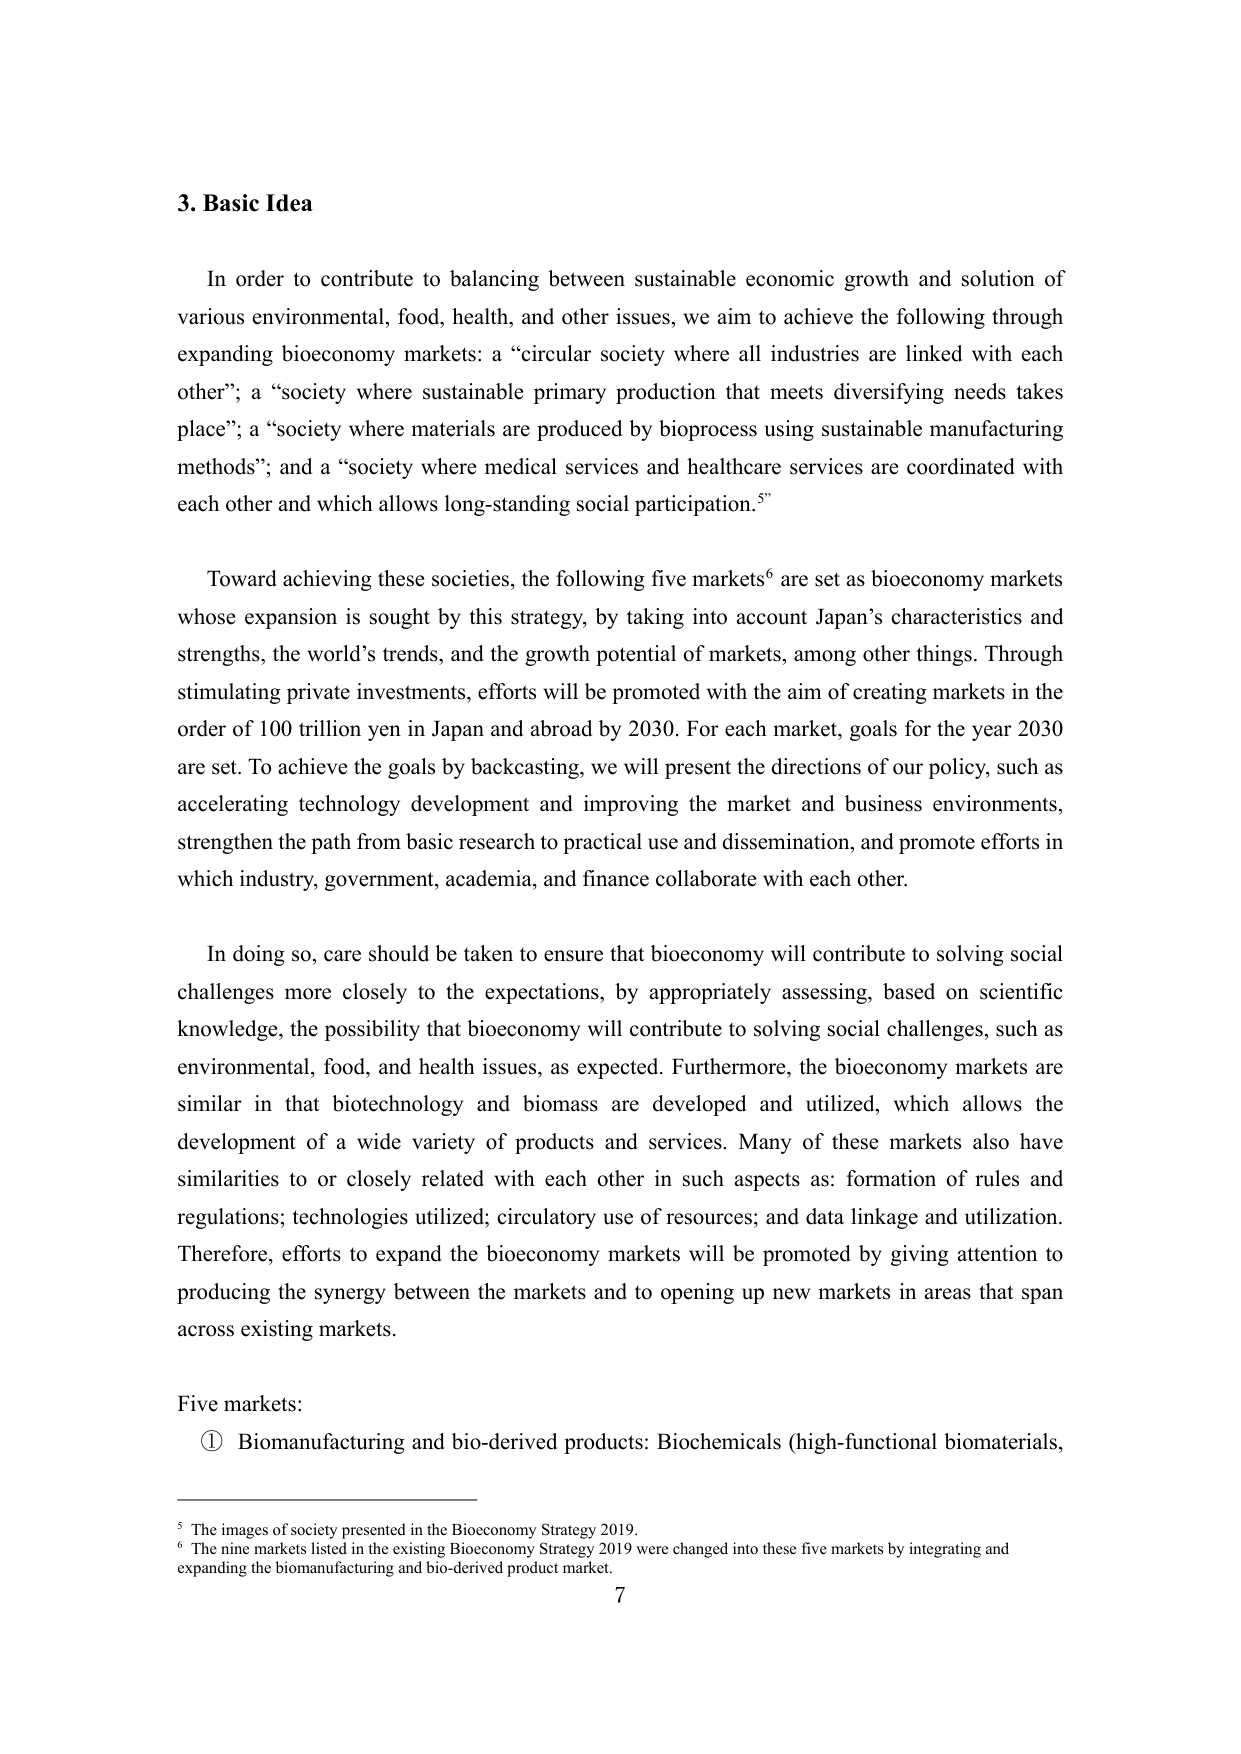
3. Basic Idea

In order to contribute to balancing between sustainable economic growth and solution of various environmental, food, health, and other issues, we aim to achieve the following through expanding bioeconomy markets: a “circular society where all industries are linked with each other”; a “society where sustainable primary production that meets diversifying needs takes place”; a “society where materials are produced by bioprocess using sustainable manufacturing methods”; and a “society where medical services and healthcare services are coordinated with each other and which allows long-standing social participation.”⁵

Toward achieving these societies, the following five markets⁶ are set as bioeconomy markets whose expansion is sought by this strategy, by taking into account Japan’s characteristics and strengths, the world’s trends, and the growth potential of markets, among other things. Through stimulating private investments, efforts will be promoted with the aim of creating markets in the order of 100 trillion yen in Japan and abroad by 2030. For each market, goals for the year 2030 are set. To achieve the goals by backcasting, we will present the directions of our policy, such as accelerating technology development and improving the market and business environments, strengthen the path from basic research to practical use and dissemination, and promote efforts in which industry, government, academia, and finance collaborate with each other.

In doing so, care should be taken to ensure that bioeconomy will contribute to solving social challenges more closely to the expectations, by appropriately assessing, based on scientific knowledge, the possibility that bioeconomy will contribute to solving social challenges, such as environmental, food, and health issues, as expected. Furthermore, the bioeconomy markets are similar in that biotechnology and biomass are developed and utilized, which allows the development of a wide variety of products and services. Many of these markets also have similarities to or closely related with each other in such aspects as: formation of rules and regulations; technologies utilized; circulatory use of resources; and data linkage and utilization. Therefore, efforts to expand the bioeconomy markets will be promoted by giving attention to producing the synergy between the markets and to opening up new markets in areas that span across existing markets.

Five markets:
① Biom manufacturing and bio-derived products: Biochemicals (high-functional biomaterials,

⁵ The images of society presented in the Bioeconomy Strategy 2019.
⁶ The nine markets listed in the existing Bioeconomy Strategy 2019 were changed into these five markets by integrating and expanding the biom manufacturing and bio-derived product market.

7